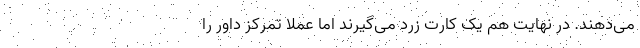
می‌دهند. در نهایت هم یک کارت زرد می‌گیرند اما عملاً تمرکز داور را